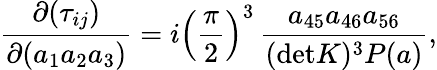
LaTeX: {\frac{\partial(\tau_{ij})}{\partial(a_{1}a_{2}a_{3})}}=i\left(\frac{\pi}{2}\right)^{3}\, {\frac{a_{45}a_{46}a_{56}}{(\mathrm{det}K)^{3}P(a)}},